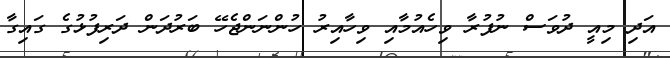
އަދި މިއީ ދުވަސް ނުފުރާ ވިހެއުމާއި ވިހާއިރު ހުންނަންޖެހޭ ބަރުދަން ދަރިފުޅުގެ ގައިގާ